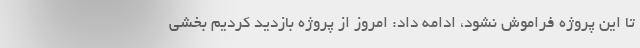
تا این پروژه فراموش نشود، ادامه داد: امروز از پروژه بازدید کردیم بخشی